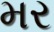
મર